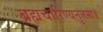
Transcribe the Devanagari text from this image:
ब्रह्मचारिण्यनुत्तमा॥